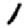
Digit: 1